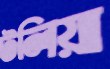
টলিয়া